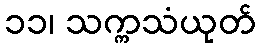
၁၁၊ သက္ကသံယုတ်